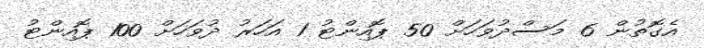
އެގޮތުން 6 މަސްދުވަހަށް 50 ޕޮއިންޓު 1 އަހަރު ދުވަހަށް 100 ޕޮއިންޓު